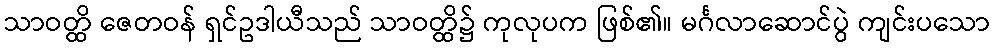
သာဝတ္ထိ ဇေတဝန် ရှင်ဥဒါယီသည် သာဝတ္ထိ၌ ကုလုပက ဖြစ်၏။ မင်္ဂလာဆောင်ပွဲ ကျင်းပသော